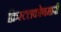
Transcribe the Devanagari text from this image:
क्रिस्टलकोणमापी